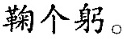
鞠个躬。